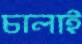
চালাই